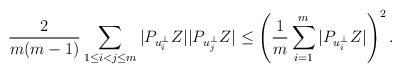
\begin{align*}\frac{2}{m(m-1)}\sum_{1\le i<j\le m}|P_{u_i^\bot}Z||P_{u_j^\bot}Z|\le\left(\frac{1}{m}\sum_{i=1}^m|P_{u_i^\bot}Z|\right)^2.\end{align*}